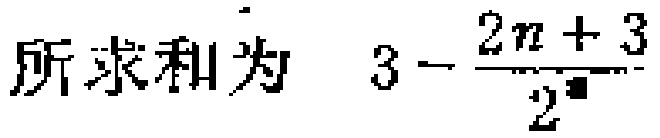
所求和为 \(3 - \frac{2n + 3}{2^{n}}\)